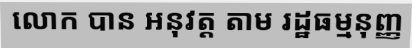
លោក បាន អនុវត្ត តាម រដ្ឋធម្មនុញ្ញ